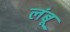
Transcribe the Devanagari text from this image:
लंबू